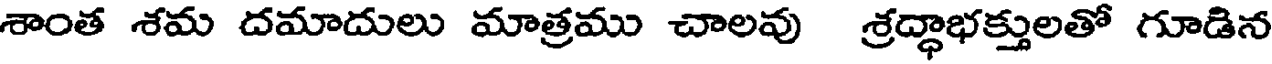
శాంత శమ దమాదులు మాత్రము చాలవు శ్రద్ధాభక్తులతో గూడిన